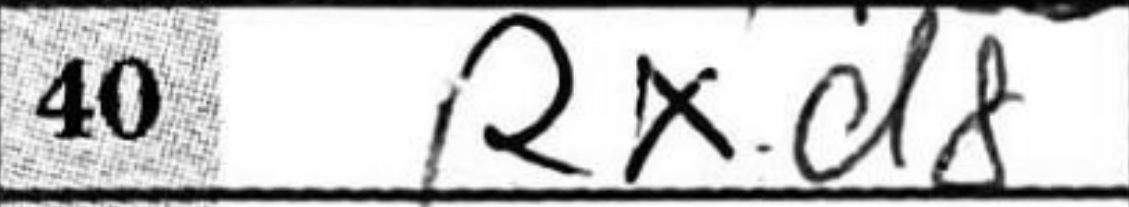
Transcription: Rxd8